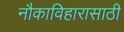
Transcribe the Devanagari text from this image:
नौकाविहारासाठी